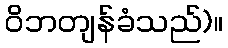
ဝိဘတျန်ခံသည်)။